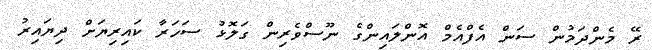
ރޭ މެންދަމުން ސަން އެފްއެމް އޮންލައިންގެ ނޫސްވެރިން ގަލޮޅު ސަހަރާ ކައިރިޔަށް ދިޔައިރު